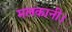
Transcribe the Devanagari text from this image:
मलकानी।